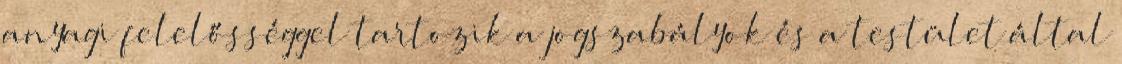
anyagi felelősséggel tartozik a jogszabályok és a testület által